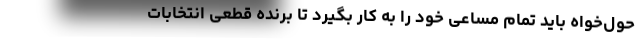
حول‌خواه باید تمام مساعی خود را به کار بگیرد تا برنده قطعی انتخابات